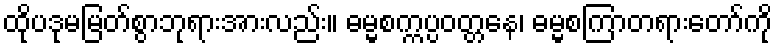
ထိုပဒုမမြတ်စွာဘုရားအားလည်း။ ဓမ္မစက္ကပ္ပဝတ္တနေ၊ ဓမ္မစကြာတရားတော်ကို